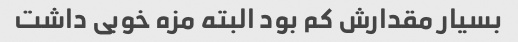
بسیار مقدارش کم بود البته مزه خوبی داشت